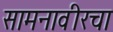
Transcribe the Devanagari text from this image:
सामनावीरचा